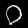
Label: 0